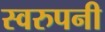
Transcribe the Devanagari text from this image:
स्वरुपनी